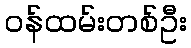
ဝန်ထမ်းတစ်ဦး